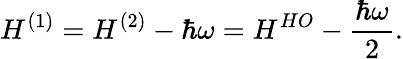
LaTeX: H^{(1)}=H^{(2)}-\hbar\omega=H^{HO}-{\frac{\hbar\omega}{2}}.